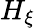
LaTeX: H_{\xi}